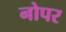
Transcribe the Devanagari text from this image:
नोपर